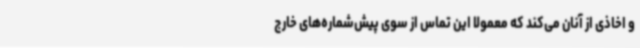
و اخاذی از آنان می‌کند که معمولا این تماس از سوی پیش‌شماره‌های خارج